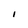
Character: I